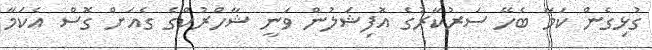
ގުޅިގެން ކަމާ ބެހޭ ސަރުކާރުގެ އޮފިޝަލުން ވަނީ ޝާހްރުކްގެ ގެއަށް ގޮސް އެކަމާ